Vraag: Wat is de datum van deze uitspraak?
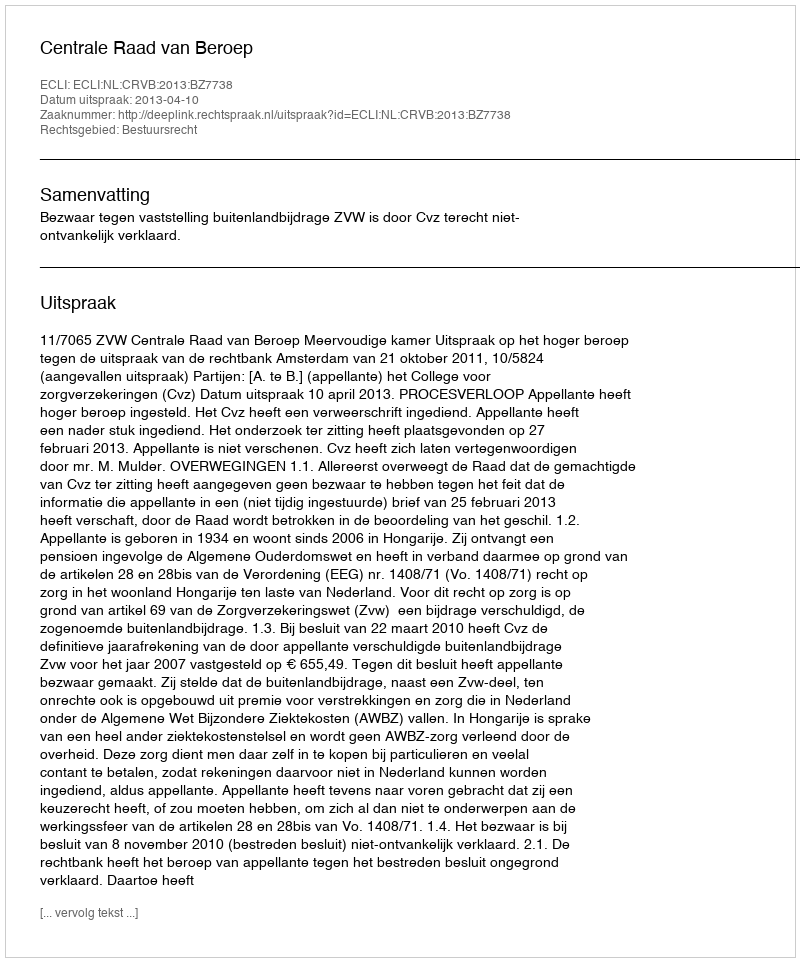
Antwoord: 2013-04-10